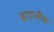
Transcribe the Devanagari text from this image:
ब्राउनबैक